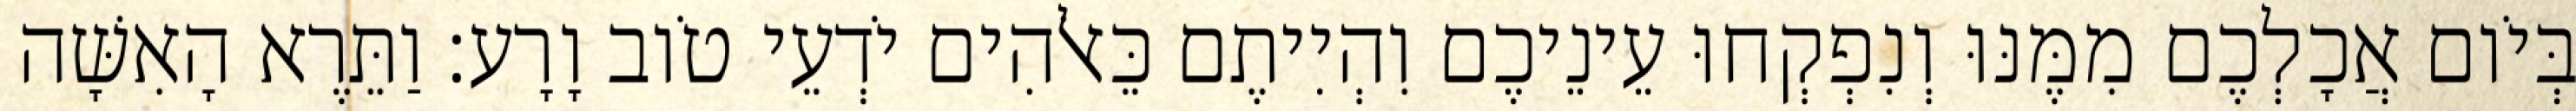
בְּיֹום אֲכָלְכֶם מִמֶּנּוּ וְנִפְקְחוּ עֵינֵיכֶם וִהְיִיתֶם כֵּאלֹהִים יֹדְעֵי טֹוב וָרָע׃ וַתֵּרֶא הָאִשָּׁה